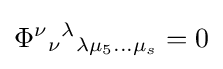
\Phi ^{\nu }{}_{\nu }{}^{\lambda }{}_{\lambda \mu _{5}...\mu _{s}}=0